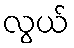
လွယ်